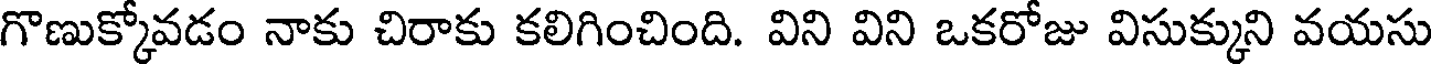
గొణుక్కోవడం నాకు చిరాకు కలిగించింది. విని విని ఒకరోజు విసుక్కుని వయసు